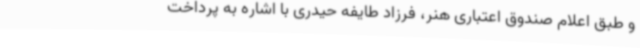
و طبق اعلام صندوق اعتباری هنر، فرزاد طایفه حیدری با اشاره به پرداخت